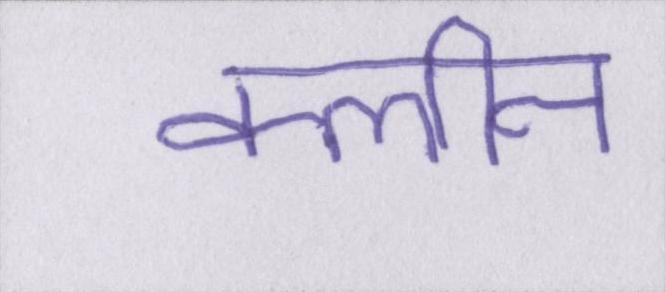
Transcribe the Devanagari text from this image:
क्लीन